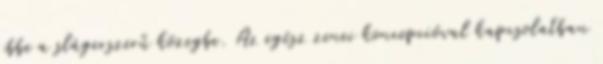
ebbe a slágerszerű közegbe. Az egész zenei koncepcióval kapcsolatban